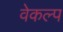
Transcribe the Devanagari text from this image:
वेकल्प